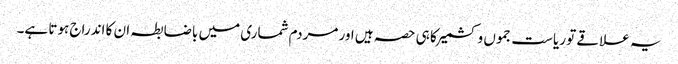
یہ علاقے تو ریاست جموں و کشمیر کا ہی حصہ ہیں اور مردم شماری میں باضابطہ ان کا اندراج ہوتا ہے۔